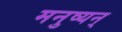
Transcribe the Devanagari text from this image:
मनुष्यन्